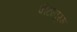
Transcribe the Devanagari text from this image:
पीठापूरम